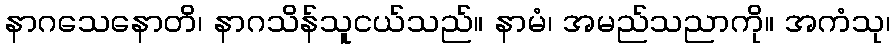
နာဂသေနောတိ၊ နာဂသိန်သူငယ်သည်။ နာမံ၊ အမည်သညာကို။ အကံသု၊